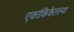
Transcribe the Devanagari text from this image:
एकांकिकेतल्या